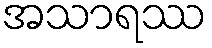
အသာရဿ